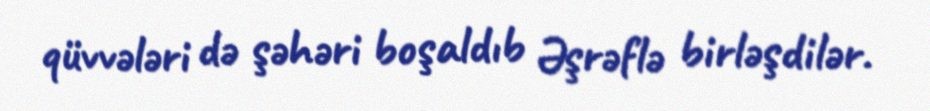
qüvvələri də şəhəri boşaldıb Əşrəflə birləşdilər.